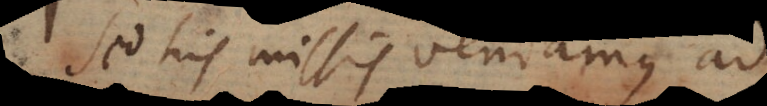
Sed his missis veniamus ad